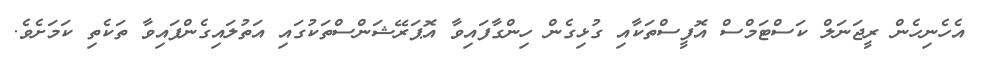
އެހެނިހެން ރީޖަނަލް ކަސްޓަމްސް އޮފީސްތަކާއި ގުޅިގެން ހިންގާފައިވާ އޮޕަރޭޝަންސްތަކުގައި އަތުލައިގެންފައިވާ ތަކެތި ކަމަށެވެ.